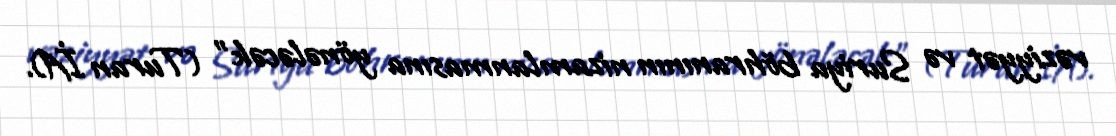
vəziyyət və Suriya böhranının nizamlanmasına yönələcək” (Turan İA).